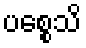
ပစ္စေသိ